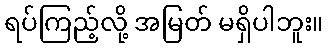
ရပ်ကြည့်လို့ အမြတ် မရှိပါဘူး။